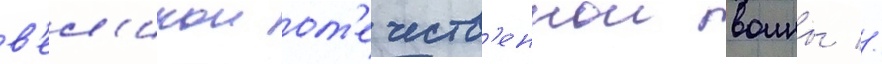
в'ел'икои от'ечеств'еннои воины //